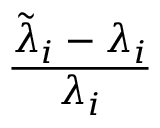
\frac { \tilde { \lambda } _ { i } - \lambda _ { i } } { \lambda _ { i } }